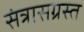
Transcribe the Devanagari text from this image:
संत्रासग्रस्त